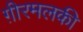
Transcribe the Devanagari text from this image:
ग़ीरमलकी